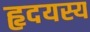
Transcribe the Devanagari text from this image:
हृदयस्य